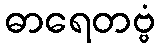
ဓာရေတဗ္ဗံ